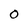
Character: 0